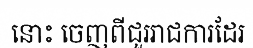
នោះ ចេញពីជួររាជការដែរ